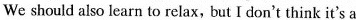
We should also learn to relax, but I don't think it's a